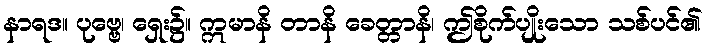
နာရဒ။ ပုဗ္ဗေ၊ ရှေး၌။ ဣမာနိ တာနိ ခေတ္တာနိ၊ ဤစိုက်ပျိုးသော သစ်ပင်၏